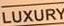
LUXURY